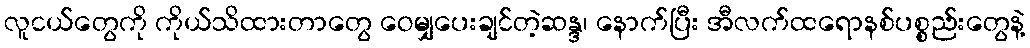
လူငယ်တွေကို ကိုယ်သိထားတာတွေ ဝေမျှပေးချင်တဲ့ဆန္ဒ၊ နောက်ပြီး အီလက်ထရောနစ်ပစ္စည်းတွေနဲ့